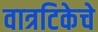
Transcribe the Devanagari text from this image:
वात्रटिकेचे